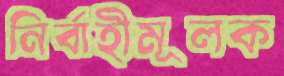
নির্বাহীমূলক